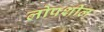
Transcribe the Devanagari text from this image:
लोपशील